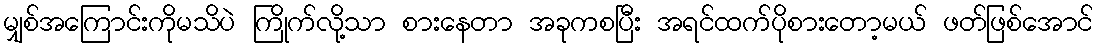
မျှစ်အကြောင်းကိုမသိပဲ ကြိုက်လို့သာ စားနေတာ အခုကစပြီး အရင်ထက်ပိုစားတော့မယ် ဖတ်ဖြစ်အောင်